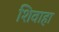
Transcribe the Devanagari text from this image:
शिवाहा